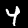
Digit: 4